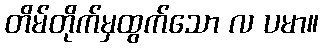
တိမ်တိုက်မှထွက်သော လ ပမာ။